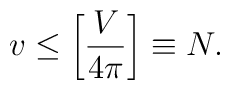
v\leq \left[{V\over 4\pi}\right]\equiv N.